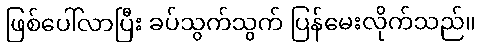
ဖြစ်ပေါ်လာပြီး ခပ်သွက်သွက် ပြန်မေးလိုက်သည်။